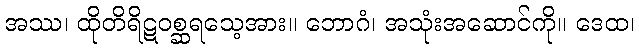
အဿ၊ ထိုတိရိဋဝစ္ဆရသေ့အား။ ဘောဂံ၊ အသုံးအဆောင်ကို။ ဒေထ၊